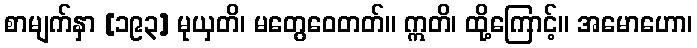
စာမျက်နှာ [၁၉၃] မုယှတိ၊ မတွေဝေတတ်။ ဣတိ၊ ထို့ကြောင့်။ အမောဟော၊